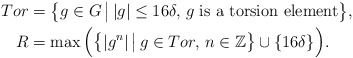
\begin{align*} Tor & = \big\{ g \in G \,\big|\, |g| \leq 16\delta, \, g \textrm{ is a torsion element} \big\}, \\ R & = \max \Big( \big\{ |g^n| \,\big|\, g \in Tor, \, n \in \mathbb{Z} \big\} \cup \{ 16 \delta \} \Big).\end{align*}